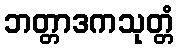
ဘတ္တာဒကသုတ္တံ